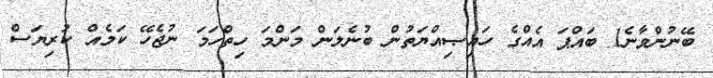
ބޭނުންވާނެ1 ބައްޕަ އެއްގެ ހައިޞިއްޔަތުން ބުނެލަން މަންމަ ހިތްހަމަ ނުޖެހޭ ކަމެއް ކުރިޔަސް